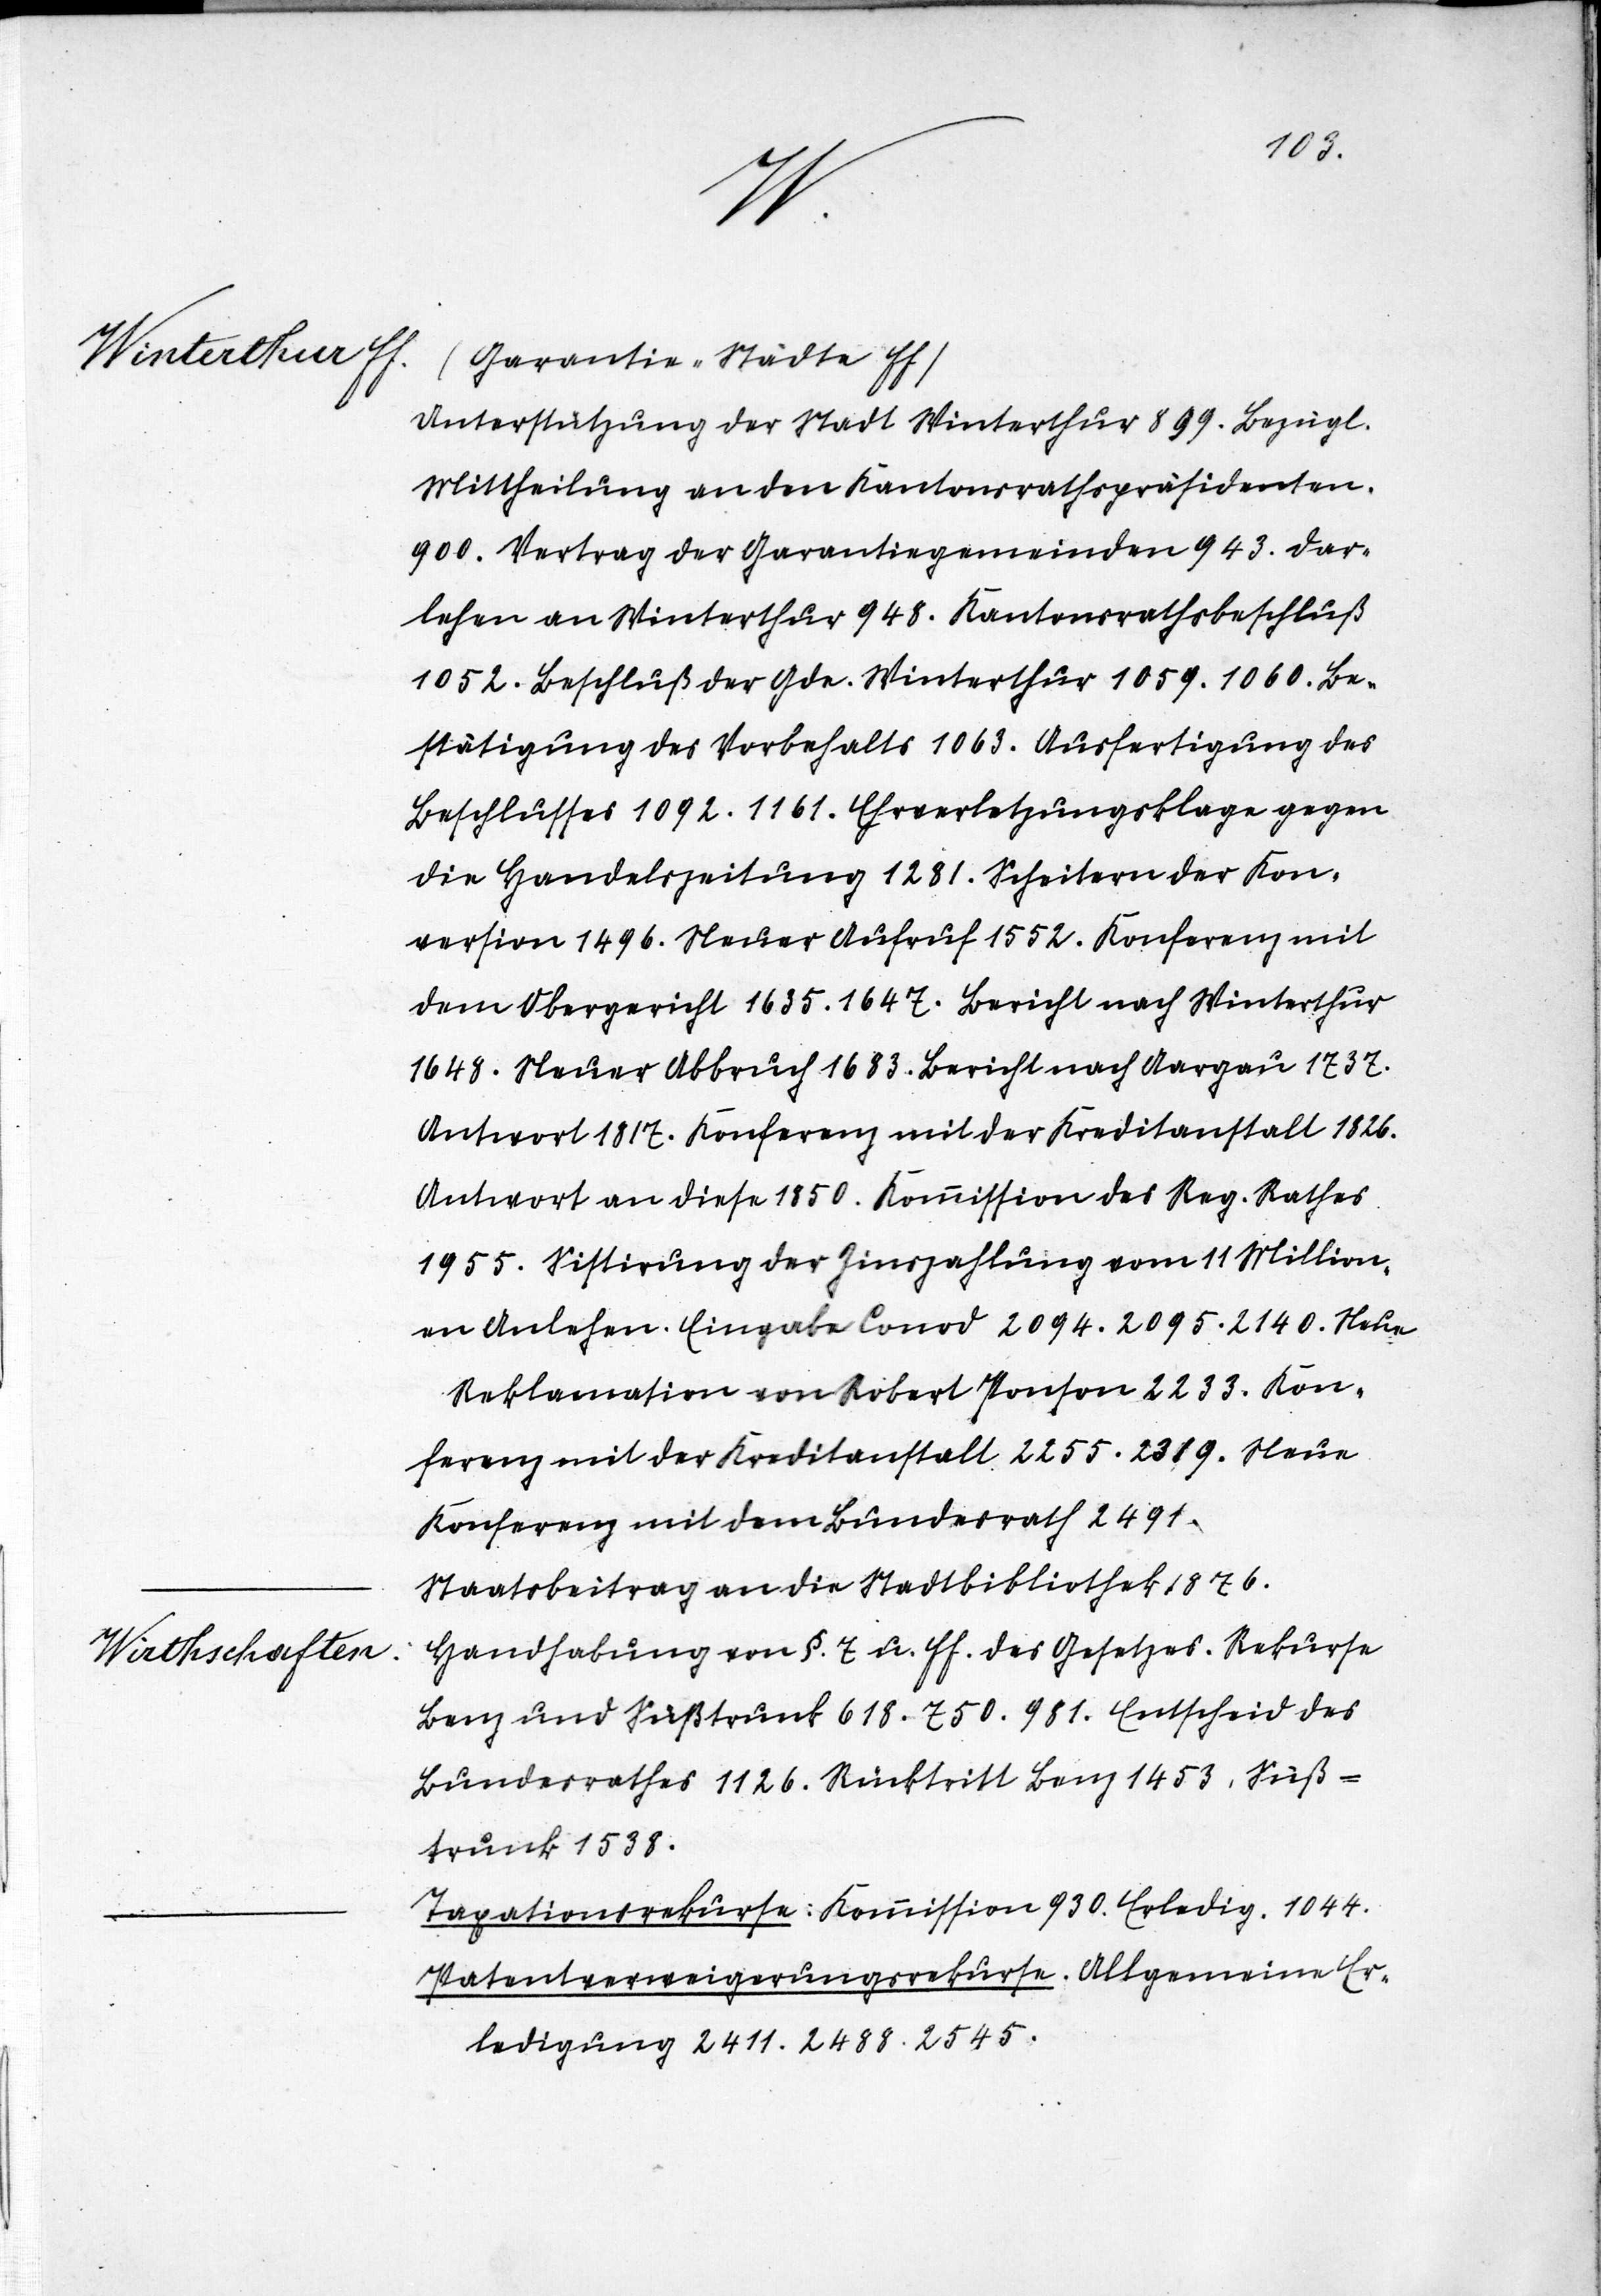
1882.
H.